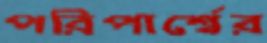
পরিপার্শ্বের